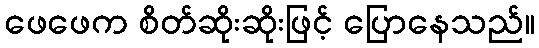
ဖေဖေက စိတ်ဆိုးဆိုးဖြင့် ပြောနေသည်။